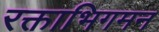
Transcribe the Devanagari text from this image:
रक्ताभिगमन